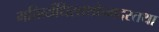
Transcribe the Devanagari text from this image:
मतिर्व्यधिस्तथोन्मदस्तथा